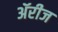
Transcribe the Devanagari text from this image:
ॲरीज